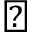
\blacktriangledown